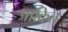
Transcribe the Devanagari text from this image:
प्राक्रित